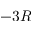
- 3 R